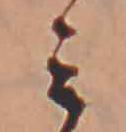
ミ